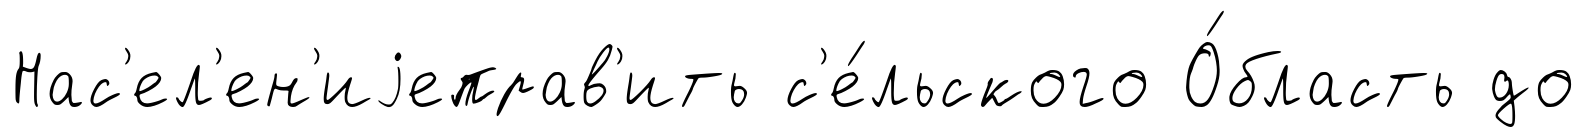
Нас'ел'ен'иjеправ'ить с'е́льского О́бласть до